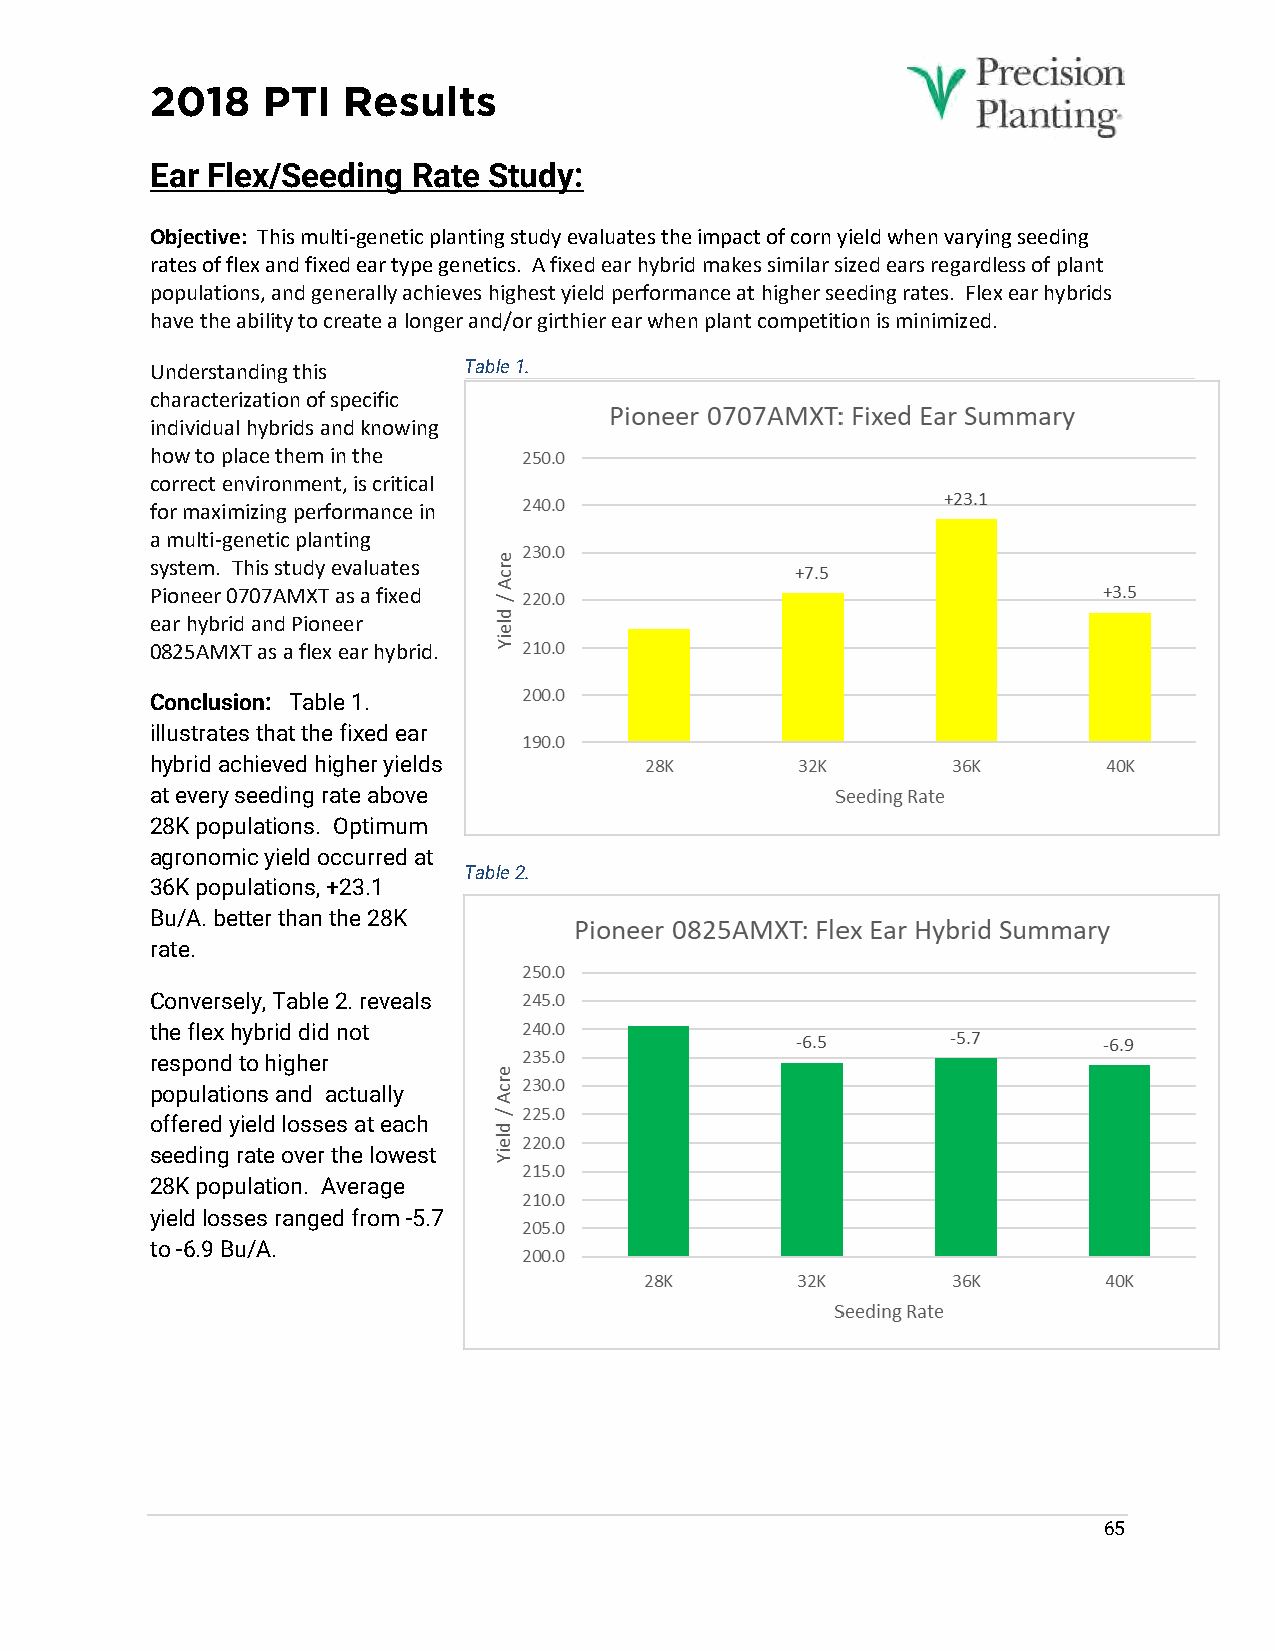
2018   PTI   Results
 Ear Flex/Seeding Rate Study:
 Objective: This multi-genetic planting study evaluates the impact of corn yield when varying seeding
 rates of flex and fixed ear type genetics. A fixed ear hybrid makes similar sized ears regardless of plant
 populations, and generally achieves highest yield performance at higher seeding rates. Flex ear hybrids
 have the ability to create a longer and/or girthier ear when plant competition is minimized.
 Understanding this   Table 1.
 characterization of specific
 Pioneer 0707AMXT: Fixed Ear Summary
 individual hybrids and knowing
 how to place them in the 250.0
 correct environment, is critical
 240.0                      +23.1
 for maximizing performance in
 a multi-genetic planting
 e230.0
 r
 system. This study evaluates c            +7.5
 Pioneer 0707AMXT as a fixed /
 A
 220.0                                +3.5
 ld
 ear hybrid and Pioneer  ie
 Y210.0
 0825AMXT as a flex ear hybrid.
 200.0
 Conclusion: Table 1.
 illustrates that the fixed ear 190.0
 28K       32K       36K       40K
 hybrid achieved higher yields
 Seeding Rate
 at every seeding rate above
 28K populations. Optimum
 agronomic yield occurred at
 Table 2.
 36K populations, +23.1
 Bu/A. better than the 28K
 rate.
 Conversely, Table 2. reveals
 the flex hybrid did not
 respond to higher
 populations and actually
 offered yield losses at each
 seeding rate over the lowest
 28K population. Average
 yield losses ranged from -5.7
 to -6.9 Bu/A.
 65